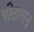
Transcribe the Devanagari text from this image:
पीठासन